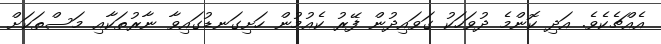
އެއްޗެކެވެ. އަދި ކޮންމެ ދުވަހަކު ގަވައިދުން ފޭރު ކެއުމުން ހަށިގަނޑުގައިވާ ނާރުތަކާއި މަސްތަކަށް